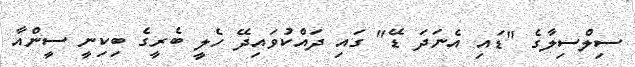
ސިލްސިލާގެ "ޑައި އެނަދަ ޑޭ" ގައި ދައްކުވައިދޭ ހެލީ ބެރީގެ ބިކިނީ ސީންއާ